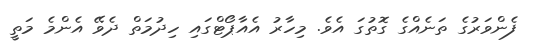
ފެންވަރުގެ ތަނެއްގެ ގޮތުގަ އެވެ. މިހާރު އެއާޕޯޓްގައި ހިދުމަތް ދެވޭ އެންމެ މަތީ